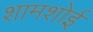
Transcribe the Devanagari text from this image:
शामशोई